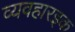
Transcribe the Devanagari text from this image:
व्यवहारइक